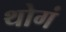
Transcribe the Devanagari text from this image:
थोगं